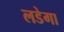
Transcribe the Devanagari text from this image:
लडेगा